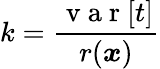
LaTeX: k=\frac{\mathrm{~v~a~r~}[t]}{r(\boldsymbol{x})}